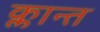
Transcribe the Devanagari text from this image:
क्लान्त